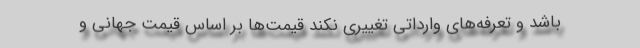
باشد و تعرفه‌های وارداتی تغییری نکند قیمت‌ها بر اساس قیمت جهانی و